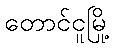
တောင်ငူမြို့